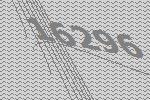
16296